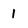
Character: 1